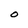
Character: O